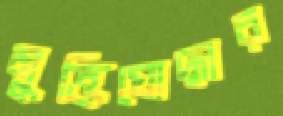
মুক্তিযোদ্ধার